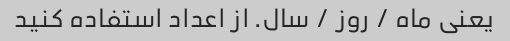
یعنی ماه / روز / سال. از اعداد استفاده کنید